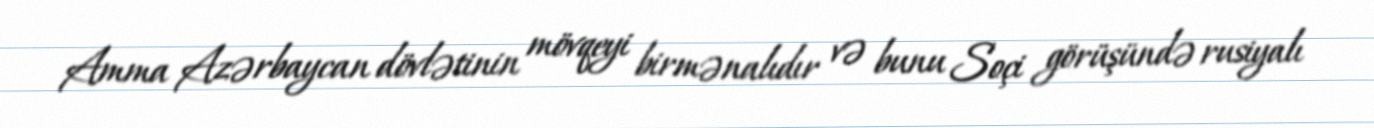
Amma Azərbaycan dövlətinin mövqeyi birmənalıdır və bunu Soçi görüşündə rusiyalı